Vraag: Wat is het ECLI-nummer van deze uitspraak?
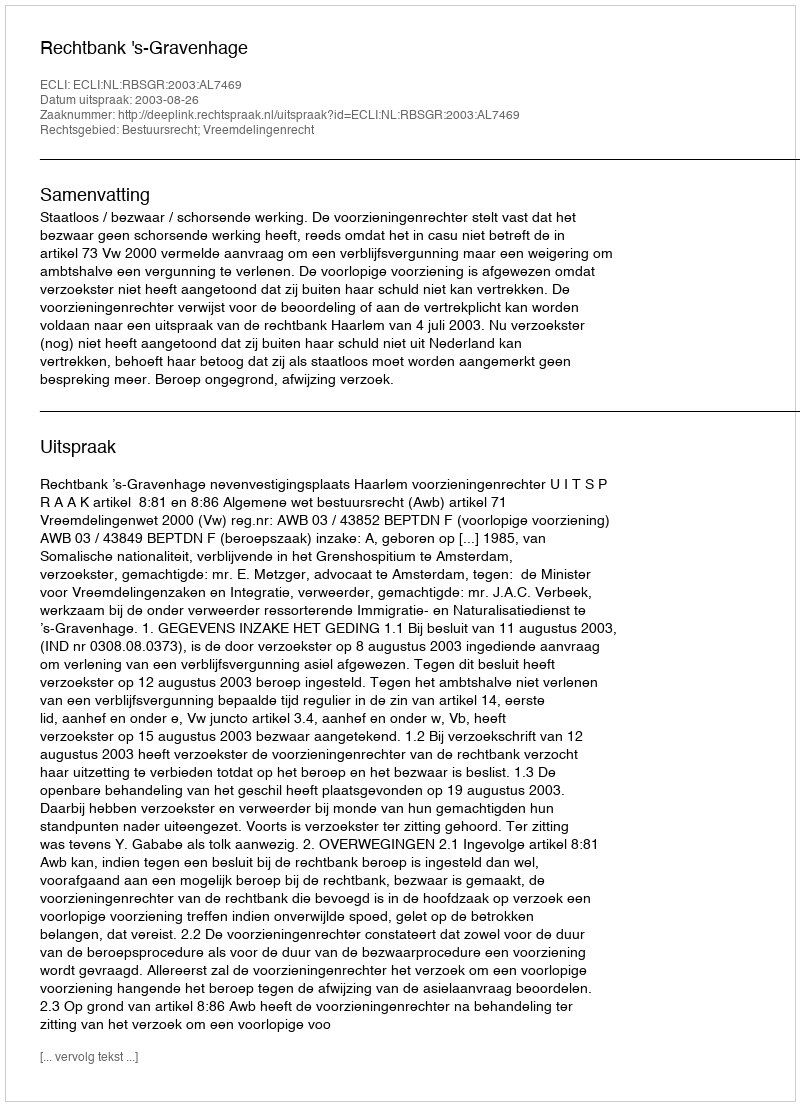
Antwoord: ECLI:NL:RBSGR:2003:AL7469